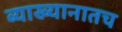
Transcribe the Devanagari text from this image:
व्याख्यानातच